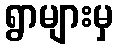
ရွာများမှ